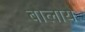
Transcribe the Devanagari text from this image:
बोलोये